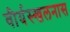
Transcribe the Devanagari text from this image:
वीर्यस्खलनास